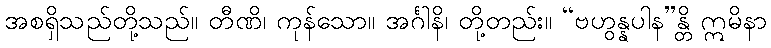
အစရှိသည်တို့သည်။ တီဏိ၊ ကုန်သော။ အင်္ဂါနိ၊ တို့တည်း။ “ဗဟွန္နပါန”န္တိ ဣမိနာ